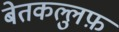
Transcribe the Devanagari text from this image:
बेतकल्लुफ़